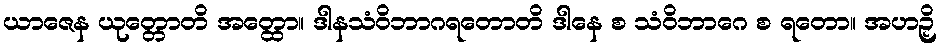
ယာဇေန ယုတ္တောတိ အတ္ထော။ ဒါနသံဝိဘာဂရတောတိ ဒါနေ စ သံဝိဘာဂေ စ ရတော။ အဟဉှိ